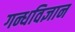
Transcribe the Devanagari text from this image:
गन्धविज्ञान